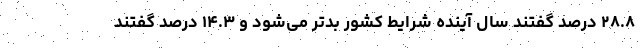
۲۸.۸ درصد گفتند سال آینده شرایط کشور بدتر می‌شود و ۱۴.۳ درصد گفتند